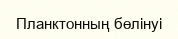
Планктонның бөлінуі